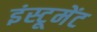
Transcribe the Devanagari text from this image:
इंस्टूमेंट